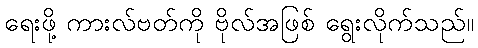
ရေးဖို့ ကားလ်ဗတ်ကို ဗိုလ်အဖြစ် ရွေးလိုက်သည်။